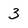
Character: 3